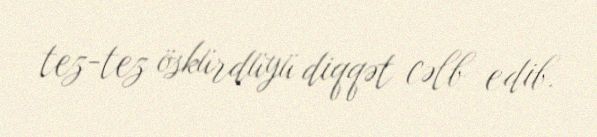
tez-tez öskürdüyü diqqət cəlb edib.